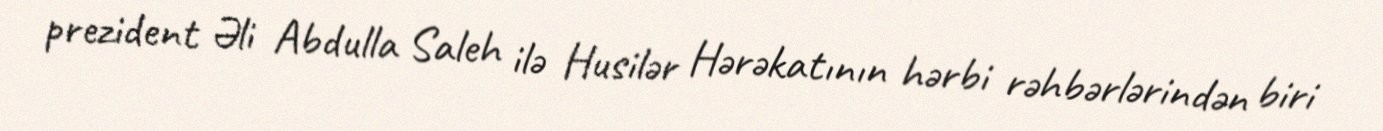
prezident Əli Abdulla Saleh ilə Husilər Hərəkatının hərbi rəhbərlərindən biri